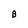
Character: B